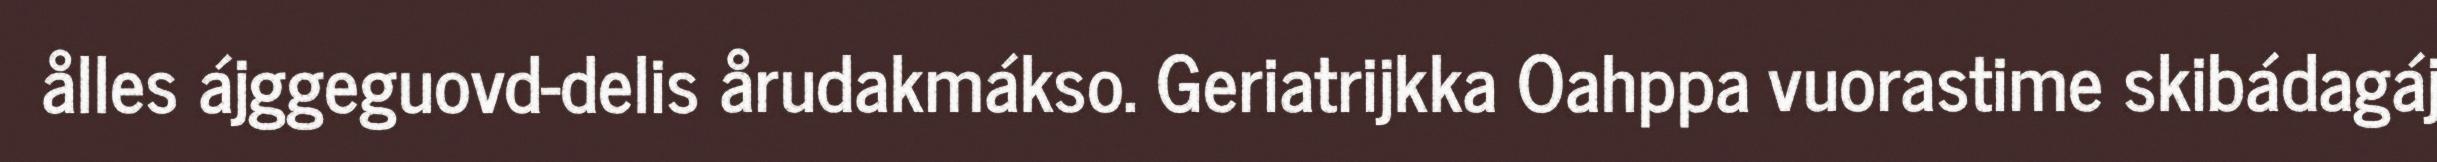
ålles ájggeguovd-delis årudakmákso. Geriatrijkka Oahppa vuorastime skibádagáj